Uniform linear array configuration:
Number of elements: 32
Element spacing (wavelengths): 1
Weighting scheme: cosine
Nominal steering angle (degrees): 15
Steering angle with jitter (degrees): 14.964
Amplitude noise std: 0.05
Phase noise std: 0.05

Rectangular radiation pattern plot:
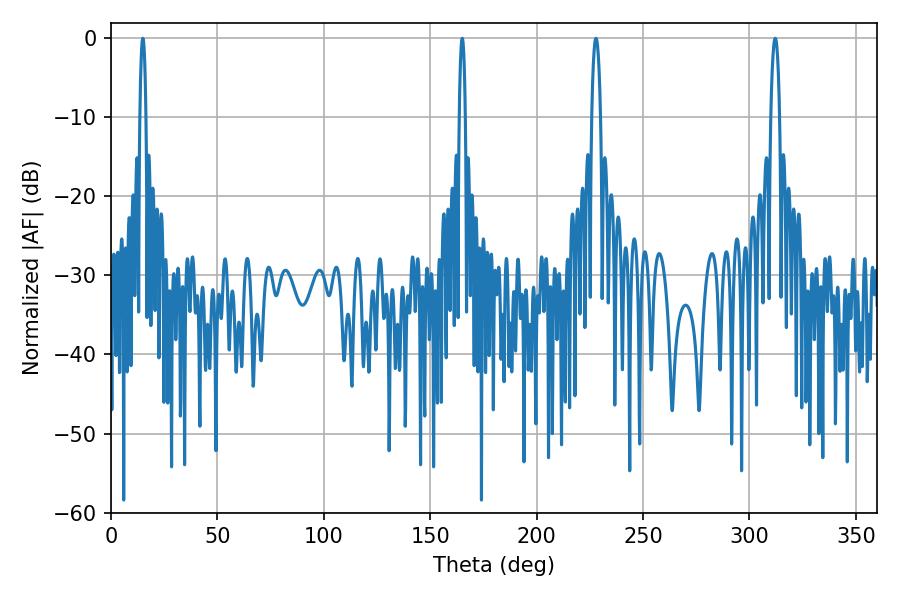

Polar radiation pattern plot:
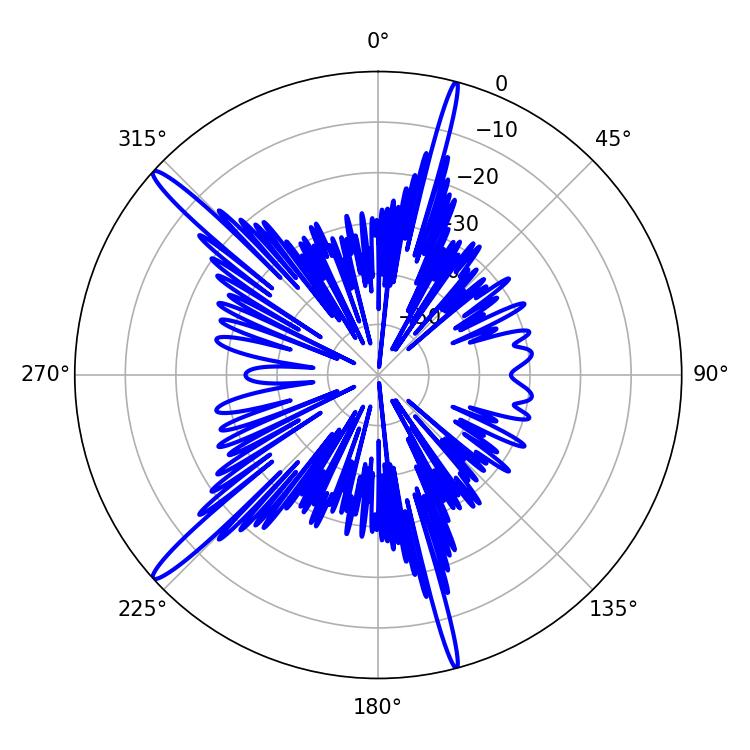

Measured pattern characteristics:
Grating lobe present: TRUE
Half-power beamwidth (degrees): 2.16
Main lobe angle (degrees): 227.88